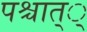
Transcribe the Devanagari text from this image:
पश्चात््